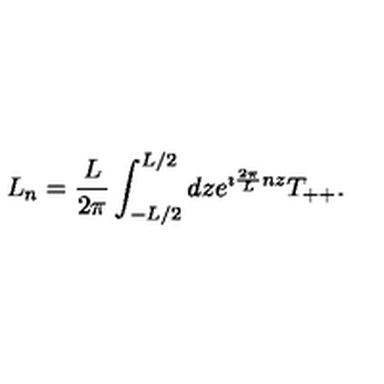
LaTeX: L _ { n } = { \frac { L } { 2 \pi } } \int _ { - L / 2 } ^ { L / 2 } d z e ^ { \imath { \frac { 2 \pi } { L } } n z } T _ { + + } .